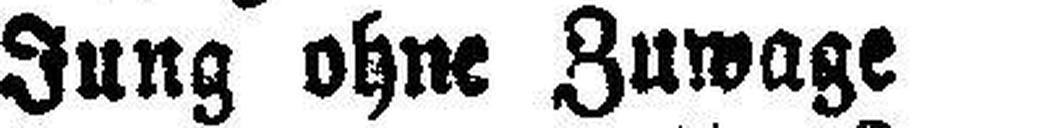
Jung ohne Zuwage